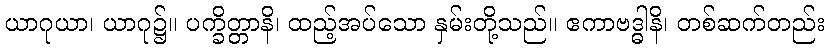
ယာဂုယာ၊ ယာဂု၌။ ပက္ခိတ္တာနိ၊ ထည့်အပ်သော နှမ်းတို့သည်။ ဧကာဗဒ္ဓါနိ၊ တစ်ဆက်တည်း